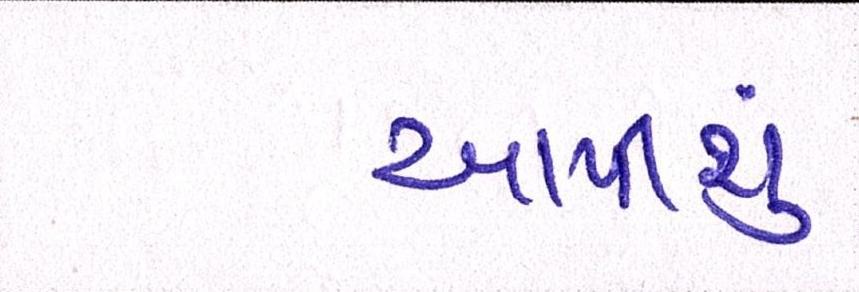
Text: આપીશું